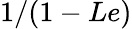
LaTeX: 1/(1-Le)